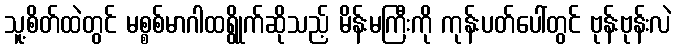
သူ့စိတ်ထဲတွင် မစ္စစ်မာဂါထရွိုက်ဆိုသည့် မိန်းမကြီးကို ကုန်းပတ်ပေါ်တွင် ဗုန်းဗုန်းလဲ